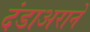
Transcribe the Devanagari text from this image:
दंडाअराने